Trukikaitis_Postimees, lk 132
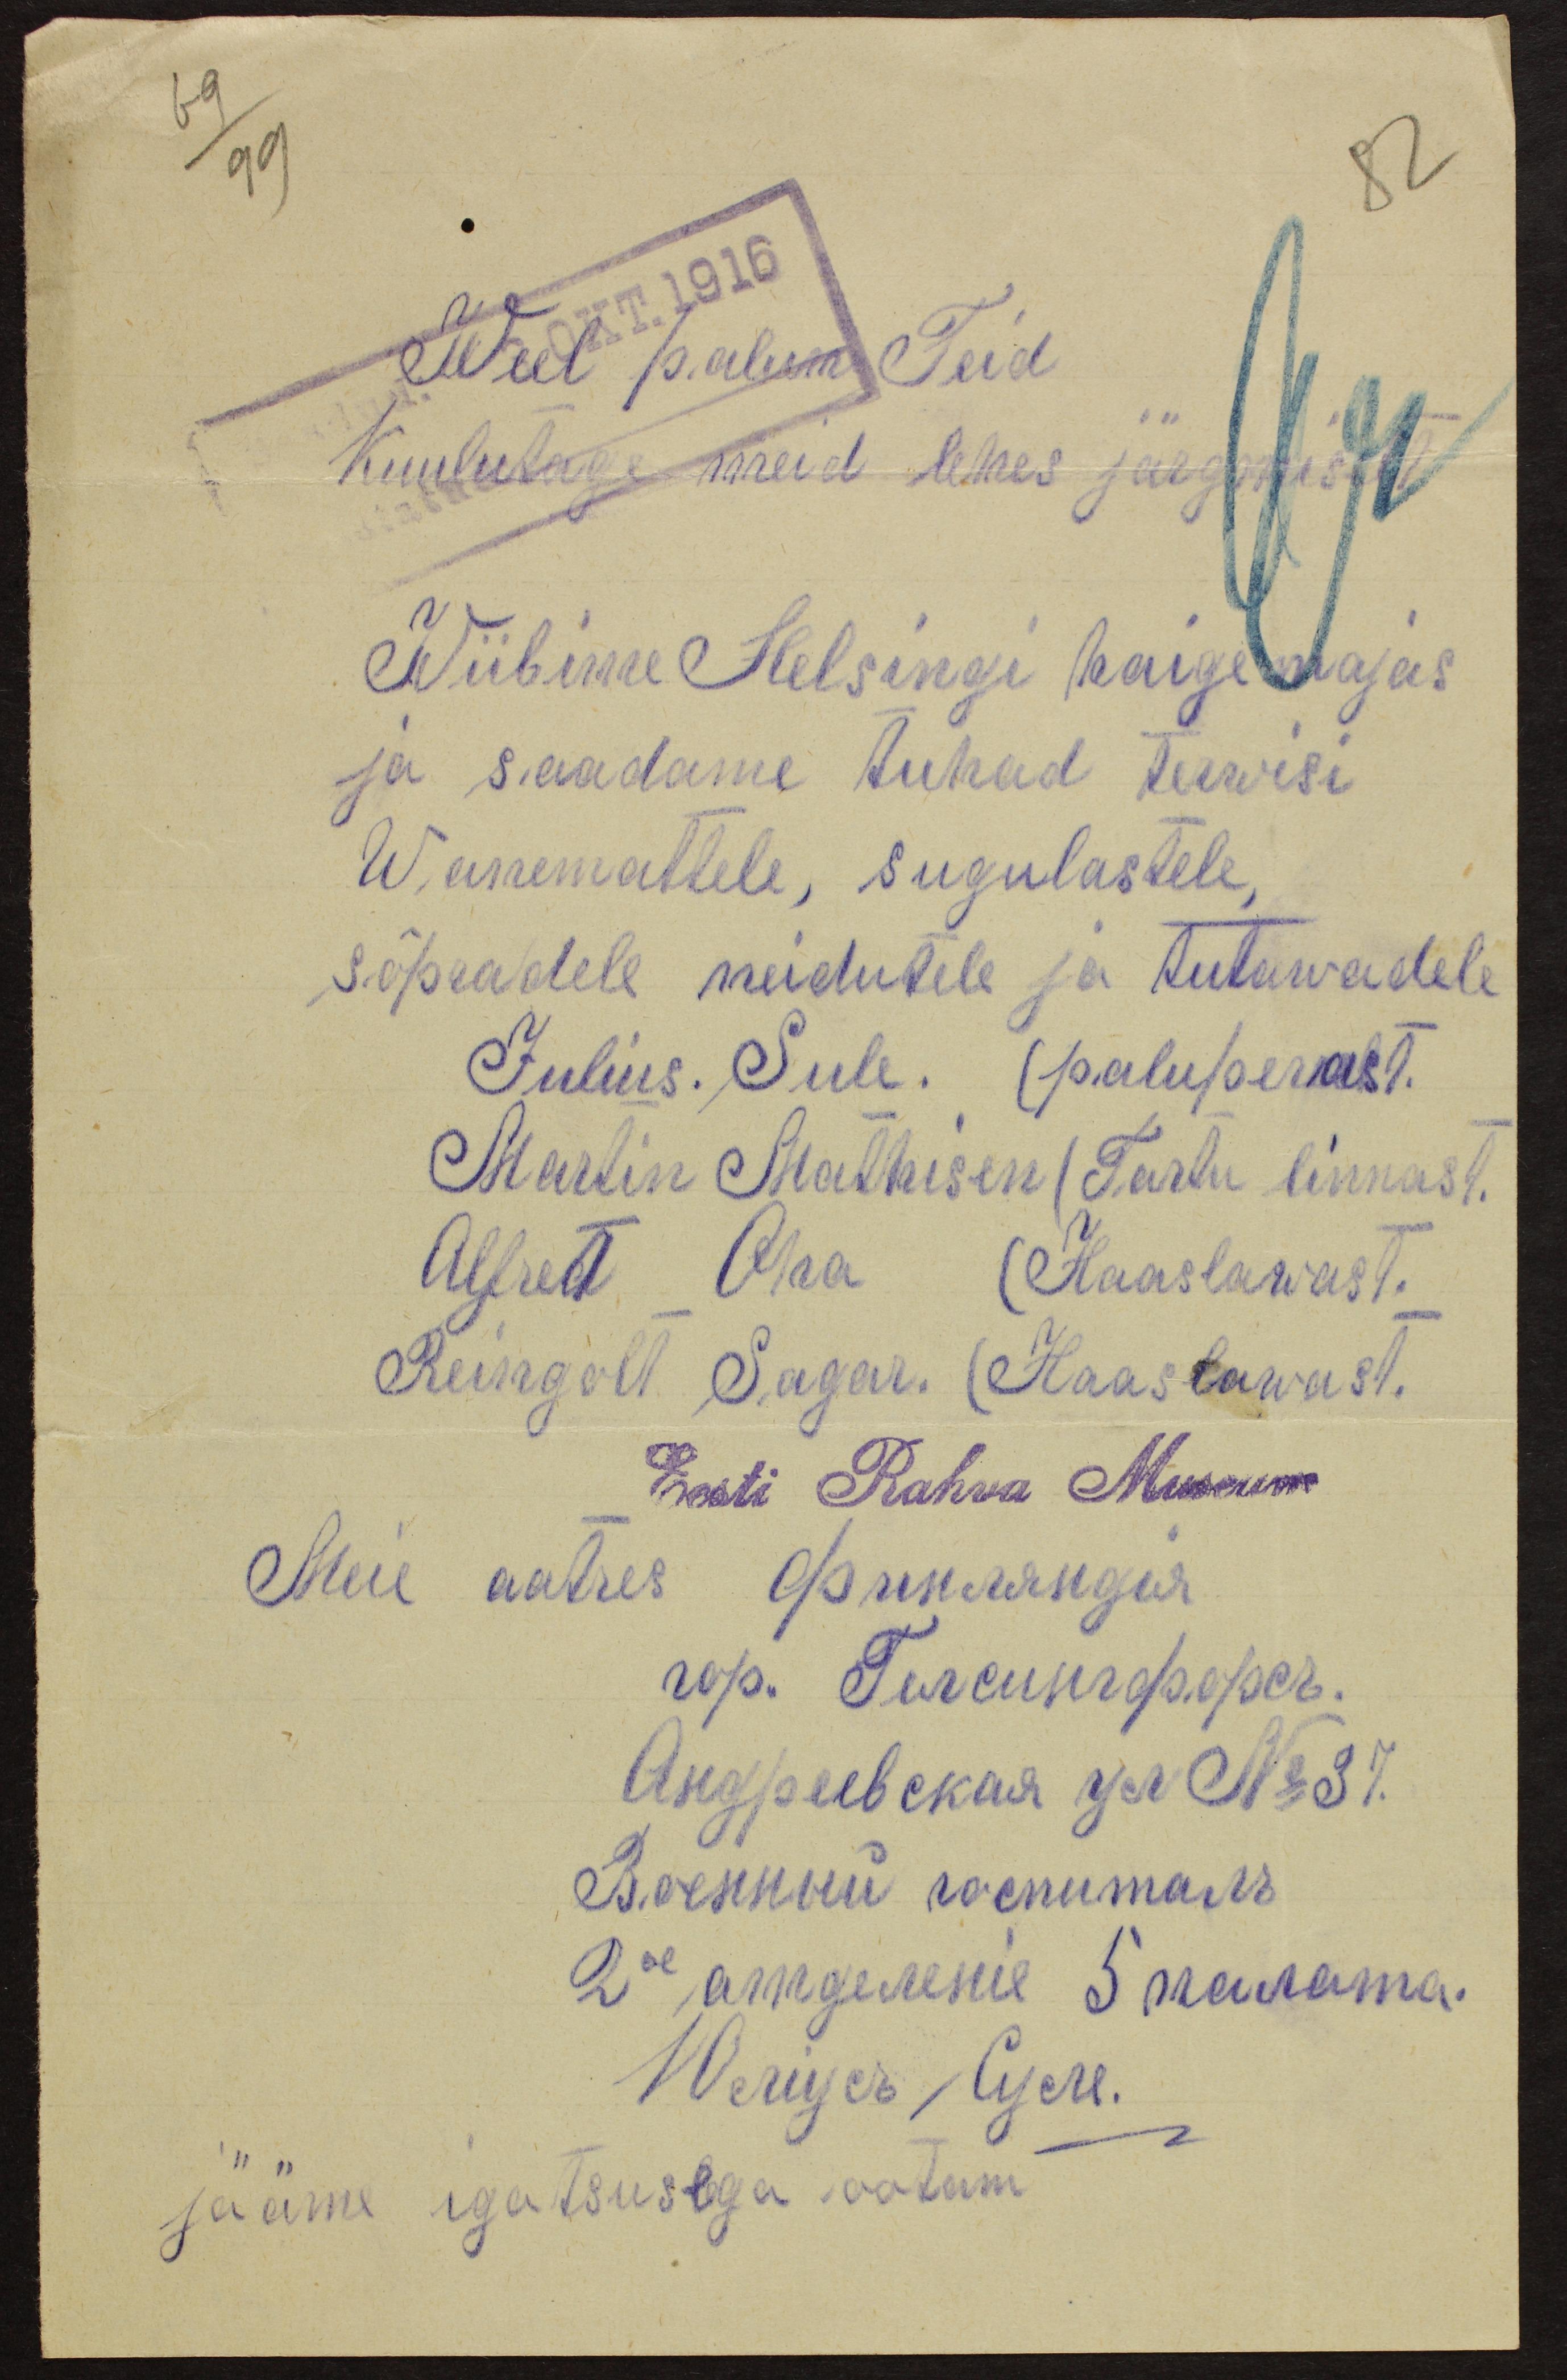
69
99
82
OKT 1916
Weel palun Teid
Kuulutage meid lehes järgmiselt
Wiibime Helsingi haige majas,
ja saadame tuhad terwisi
Wanemattele, sugulastele,
sõpeadele neidutele ja tutawadele
Julius. Sule. (paluperast)
Martin Mathisen (Tartu linnast)
Alfret Oha (Haaslawast,
Reingolt Sagar. (Haaslawast,
Eest Rahva Museum
Meie aatres
jääme igatsusega ootam.